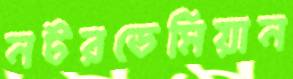
নটরডেমিয়ান